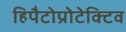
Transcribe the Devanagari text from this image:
हिपैटोप्रोटेक्टिव